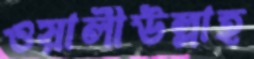
ওয়ালীউল্লাহ